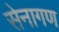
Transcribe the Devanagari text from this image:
सेनागण